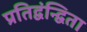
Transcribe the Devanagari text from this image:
प्रतिद्वंन्द्विता